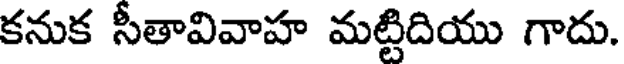
కనుక సీతావివాహ మట్టిదియు గాదు.